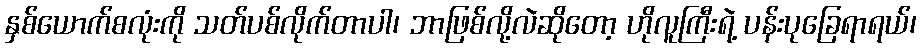
နှစ်ယောက်စလုံးကို သတ်ပစ်လိုက်တာပါ၊ ဘာဖြစ်လို့လဲဆိုတော့ ဟိုလူကြီးရဲ့ ပန်းပုခြေရာရယ်၊